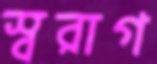
স্বরাগ